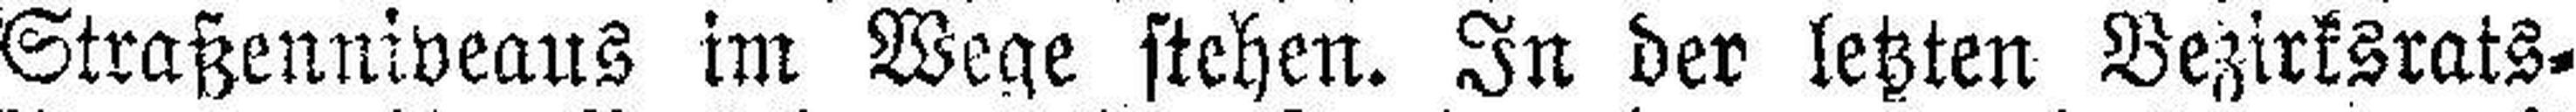
Straßenniveaus im Wege stehen. In der letzten Bezirksrats¬